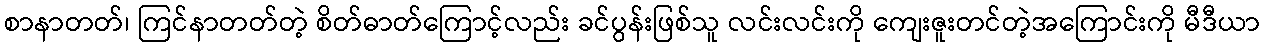
စာနာတတ်၊ ကြင်နာတတ်တဲ့ စိတ်ဓာတ်ကြောင့်လည်း ခင်ပွန်းဖြစ်သူ လင်းလင်းကို ကျေးဇူးတင်တဲ့အကြောင်းကို မီဒီယာ